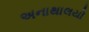
અનાથાલયો